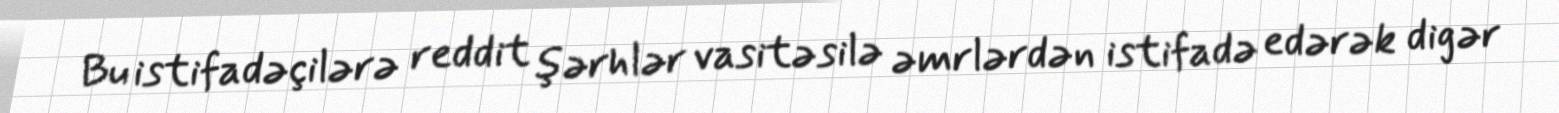
Bu istifadəçilərə reddit şərhlər vasitəsilə əmrlərdən istifadə edərək digər